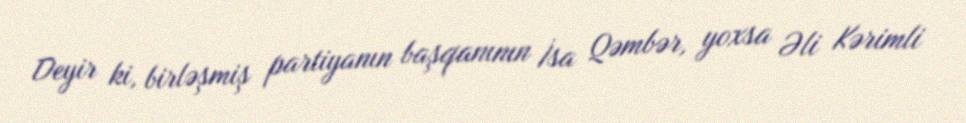
Deyir ki, birləşmiş partiyanın başqanının İsa Qəmbər, yoxsa Əli Kərimli